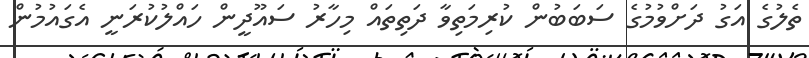
ތެލުގެ އަގު ދަށްވުމުގެ ސަބަބުން ކުރިމަތިވާ ދަތިތައް މިހާރު ސައޫދީން ހައްލުކުރަނީ އެގައުމުން